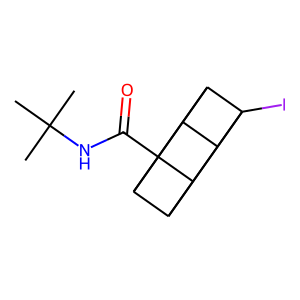
SMILES: CC(C)(C)NC(=O)C12C3C4C1C1C2C3C41I
Inhibits HIV replication: No